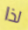
لذا